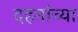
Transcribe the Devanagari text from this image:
दहनांच्या